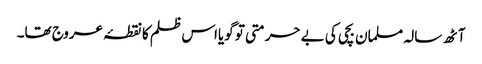
آٹھ سالہ مسلمان بچی کی بے حرمتی تو گویااس ظلم کا نقطۂ عروج تھا۔